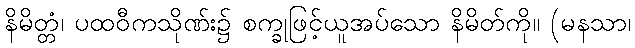
နိမိတ္တံ၊ ပထဝီကသိုဏ်း၌ စက္ခုဖြင့်ယူအပ်သော နိမိတ်ကို။ (မနသာ၊